Insane asylums Bombay 1873-77 - 1873-1877
Year: 1873
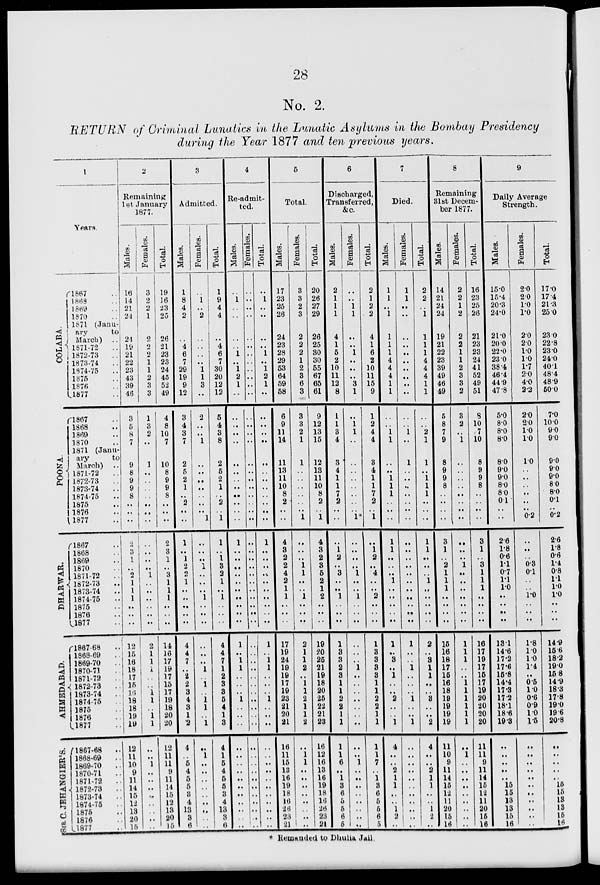
28
No. 2.
RETURN of Criminal Lunatics in the Lunatic Asylums in the Bombay Presidency
during the Year 1877 and ten previous years.
1
Years.
COLABA.
POONA.
DHARWAR.
AHMEDABAD.
SIR
C.JEHANGIER'S.
l867 ..
1868 ..
1869 ..
1870 ..
1871 (Janu-
ary
to
March) ..
1871-72 ..
1872-73 ..
1873-74 ..
1874-75 ..
1875 ..
1876 ..
1877 ..
l867 ..
1868 ..
1869 ..
1870 ..
1871 (Janu-
ary
to
March) ..
1871-72 ..
1872-73 ..
1873-74 ..
1874-75 ..
1875 ..
1876 ..
1877 ..
l867 ..
1868 ..
1869 ..
1870 ..
1871-72 ..
1872-73
..
1873-74 ..
1874-75 ..
1875 ..
1876 ..
1877 ..
l867-68
..
1868-69 ..
1869-70 ..
1870-71 ..
1871-72 ..
1872-73 ..
1873-74 ..
1874-75 ..
1875 ..
1876 ..
1877 ..
1867-68
..
1868-69 ..
1869-70 ..
1870-71 ..
1871-72 ..
1872-73 ..
1873-74 ..
1874-75 ..
1875 ..
1876 ..
1877 ..
2
Remaining
1st January
1877.
Males.
16
14
21
24
24
19
21
22
23
43
39
46
3
5
8
7
9
8
9
9
8
..
..
..
2
3
1
..
2
1
1
1
..
..
..
12
15
16
18
17
15
16
18
18
19
19
12
11
10
9
11
14
15
12
13
20
15
Females.
3
2
2
1
2
2
2
1
1
2
3
3
1
3
2
..
1
..
..
..
..
..
..
..
..
..
..
..
1
..
..
..
..
..
..
2
1
1
1
..
..
1 1
..
1
1
..
..
1
..
..
..
..
..
..
..
..
Total.
19
16
23
25
26
21
23
23
24
45
52
49
4
8
10
7
10
8
9
9
8
..
..
..
2
3
1
..
3
1
1
1
..
..
..
14
16
17
19
17
15
17
19
18
20
20
12
11
11
9
11
14
15
12
13
20
15
3
Admitted.
Males.
1
8
4
2
..
4
6
7
29
19
9
12
3
4
3
7
2
5
2
1
..
2
..
..
1
..
1
2
2
1
..
..
..
..
..
4
4
7
..
2
2
3
4
3
1
2
4
..
5
4
5
5
3
4
13
3
6
Females.
..
1
..
2
..
..
..
..
1
1
3
..
2
..
..
1
..
..
..
..
..
..
..
1
..
..
..
1
..
..
..
1
..
..
..
..
..
..
1
..
1
..
1
1
..
1
..
1
..
..
..
..
..
..
..
..
..
Total.
1
9
4
4
..
4 6
7
30
20
12
12
5
4
3
8
2
5
2
1
..
2
..
1
1
..
1
3
2
1
..
1
..
..
..
4
4
7
1
2
3
3
5
4
1
3
4
1
5
4
5
5
3
4
13
3
6
4
Re-admit-
ted.
Males.
..
1
..
..
..
..
1
..
1
2
1
..
..
..
..
..
..
..
..
..
..
..
..
..
1
..
..
..
..
..
..
..
..
..
..
1
..
1
1
..
..
..
1
..
..
..
..
..
..
..
..
..
..
..
..
..
..
Females.
..
..
..
..
..
..
..
..
..
..
..
..
..
..
..
..
..
..
..
..
..
..
..
..
..
..
..
..
..
..
..
..
..
..
..
..
..
..
..
..
..
..
..
..
..
..
..
..
..
..
..
..
..
..
..
..
..
Total.
..
1
..
..
..
..
1
..
1
2
1
..
..
..
..
..
..
..
..
..
..
..
..
..
1
..
..
..
..
..
..
..
..
..
..
1
..
1
1
..
..
..
1
..
..
..
..
..
..
..
..
..
..
..
..
..
5
Total.
Males.
17
23
25
26
24
23
28
29
53
64
59
58
6
9
11
14
11
13
11
10
8
2
..
..
4
3
2
2
4
2
1
1
..
..
..
17
19
24
19
19
17
19
23
21
20
21
16
11
15
13
16
19
18
16
26
23
21
Females.
3
3
2
3
2
2
2
1
2
3
6
3
3
3
2
1
1
..
..
..
..
..
..
1
..
..
..
1
1
..
..
1
..
..
..
2
1
1
2
..
1
1
2
1
1
2
..
1
1
..
..
..
..
..
..
..
..
Total.
20
26
27
29
26
25
30
30
55
67
65
61
9
12
13
15
12
13
11
10
8
2
..
1
4
3
2
3
5
2
1
2
..
..
..
19
20
25
21
19
18
20
25
22
21
23
16
12
16
13
16
19
18
16
26
23
21
6
Discharged,
Transferred,
&c.
Males.
2
1
1
1
4
1
5
2
10
11
12
8
1
1
3
4
3
4
1
1
7
2
..
..
..
1
2
..
3
..
..
1
..
..
..
1
3
3
2
3
1
1
2
2
1
1
1
1
6
..
1
3
6
5
5
6
5
Females.
..
..
1
1
..
..
1
..
..
..
3
1
..
1
1
..
..
..
..
..
..
..
1*
..
..
..
..
1
..
..
1
..
..
..
..
..
..
1
..
..
..
..
..
..
..
..
..
1
..
..
..
..
..
..
..
..
Total.
2
1
2
2
4
1
6
2
10
11
15
9
1
2
4
4
3
4
1
1
7
2
..
1
..
1
2
..
4
..
..
2
..
..
..
1
3
3
3
3
1
1
2
2
1
1
1
1
7
..
1
3
6
5
5
6
5
7
Died.
Males.
1
1
..
1
1
1
1
4
4
4
1
1
..
..
1
1
..
..
1
1
1
..
..
..
1
1
..
..
..
1
..
..
..
..
..
1
..
3
..
1
..
..
2
..
..
1
4
..
..
2
1
1
..
..
1
2
..
Females.
1
1
..
..
..
..
..
..
..
..
..
..
..
..
1
..
1
..
..
..
..
..
..
..
..
..
..
..
..
..
..
..
..
..
..
1
..
..
1
..
..
..
1
..
..
1
..
..
..
..
..
..
..
..
..
..
..
Total.
2
2
..
1
1
1
1
4
4
4
1
1
..
..
2
1
1
..
1
1
1
..
..
..
1
1
..
..
..
1
..
..
..
..
..
2
..
3
1
1
..
..
3
..
..
2
4
..
..
2
1
1
..
..
1
2
..
8
Remaining
31st Decem-
ber 1877.
Males.
14
21
24
24
19
21
22
23
39
49
46
49
5
8
7
9
8
9
9
8
..
..
..
..
3
1
..
2
1
1
1
..
..
..
..
15
16
18
17
15
16
18
19
19
19
19
11
10
9
11
14
15
12
11
20
15
16
Females.
2
2
1
2
2
2
1
1
2
3
3
2
3
2
..
1
..
..
..
..
..
..
..
..
..
..
..
1
..
..
..
..
..
..
..
1
1
1
..
..
1
1
1
1
1
1
..
1
..
..
..
..
..
..
..
..
..
Total.
16
23
25
26
21
23
23
24
41
52
49
51
8
10
7
10
8
9
9
8
..
..
..
..
3
1
..
3
1
1
1
..
..
..
..
16
17
19
17
15
17
19
20
20
20
20
11
11
9
11
14
15
12
11
20
15
16
9
Daily Average
Strength.
Males.
15.0
15.4
20.3
24.0
21.0
20.0
22.0
23.0
38.4
46.4
44.9
47.8
5.0
8.0
8.0
8.0
8.0
9.0
9.0
8.0
8.0
0.1
..
..
2.6
1.8
0.6
1.1
0.7
1.1
1.0
..
..
..
..
13.1
14.6
17.2
17.6
15.8
14.4
17.3
17.2
18.1
18.6
19.3
..
..
..
..
..
15
15
13
13
15
16
Females.
2.0
2.0
1.0
1.0
2.0
2.0
1.0
1.0
1.7
2.0
4.0
2.2
2.0
2.0
1.0
1.0
1.0
..
..
..
..
..
..
0.2
..
..
..
0.3
0.1
..
..
1.0
..
..
..
1.8
1.0
1.0
1.4
..
0.5
1.0
0.6
0.9
1.0
1.5
..
..
..
..
..
..
..
..
..
..
..
Total.
17.0
17.4
21.3
25.0
23.0
22.8
23.0
24.0
40.1
48.4
48.9
50.0
7.0
10.0
9.0
9.0
9.0
9.0
9.0
8.0
8.0
0.1
..
0.2
2.6
1.8
0.6
1.4
0.8
1.1
1.0
1.0
..
..
..
14.9
15.6
18.2
19.0
15.8
14.9
18.3
17.8
19.0
19.6
20.8
..
..
..
..
..
15
15
13
13
15
16
* Remanded to Dhulia Jail.